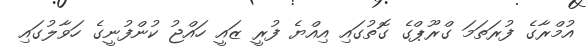
އުމްރާގެ ފުރަތަަމަ ގްރޫޕްގެ ގޮތުގައި އިއްޔެ ފުރީ ޒައީ ހައްޖު ކުންފުނީގެ ހަވާލުގައި